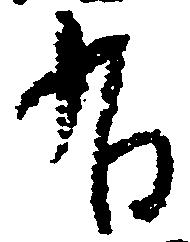
有